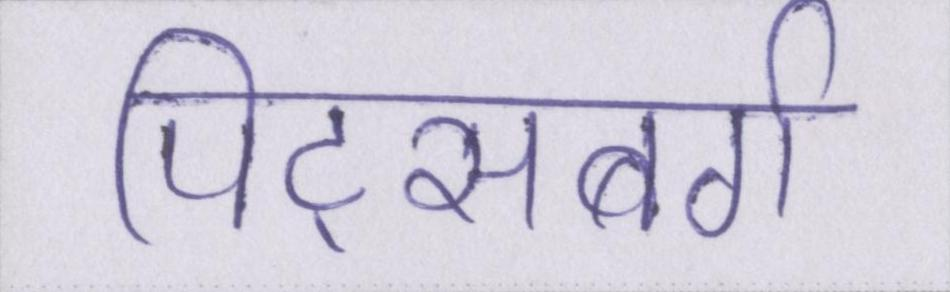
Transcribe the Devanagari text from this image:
पिट्सबर्ग